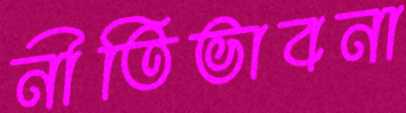
নীতিভাবনা